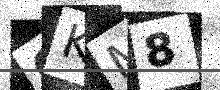
Text: OKM8